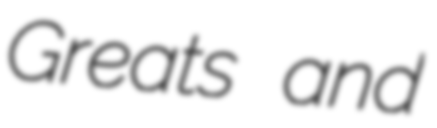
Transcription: Greats and